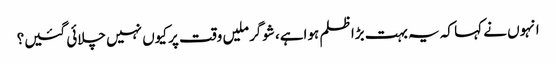
انہوں نے کہا کہ یہ بہت بڑا ظلم ہواہے، شوگر ملیں وقت پر کیوں نہیں چلائی گئیں؟